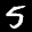
Label: 5